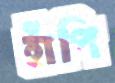
হাঁপি